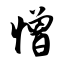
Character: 憎